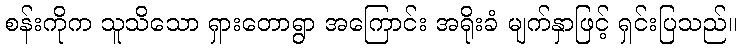
စန်းကိုက သူသိသော ရှားတောရွာ အကြောင်း အရိုးခံ မျက်နှာဖြင့် ရှင်းပြသည်။